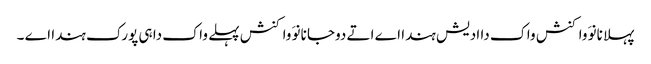
پہلا نانوَ واکنش واک دا ادیش ہندا اے اتے دوجا نانوَ واکنش پہلے واک دا ہی پورک ہندا اے ۔